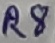
Text: R8